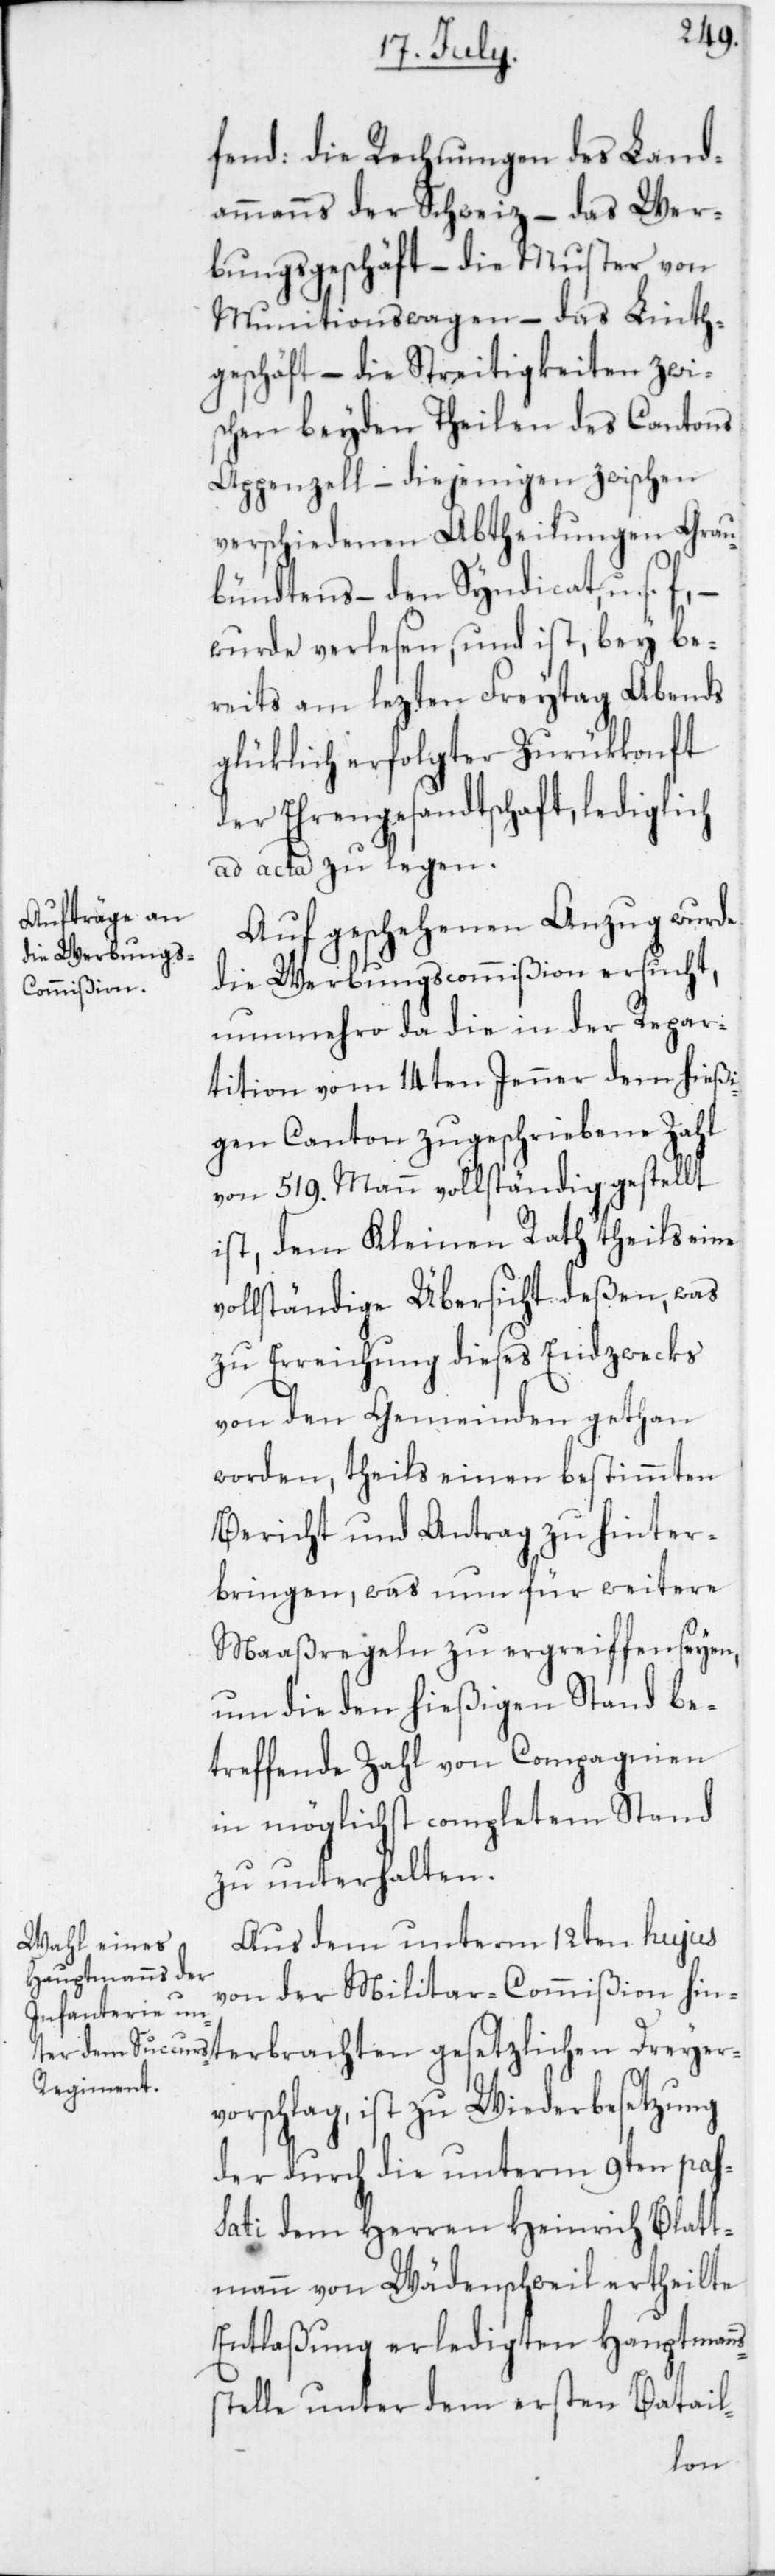
fend: die Rechnungen des Land¬
ammanns der Schweiz – das Wer¬
bungsgeschäft – Die Muster von
Munitionswagen – das Linth¬
geschäft – die Streitigkeiten zwi¬
schen beyden Theilen des Cantons
Appenzell – diejenigen zwischen
verschiedenen Abtheilungen Grau¬
bündtens – den Syndicat, u. s. f.
wurde verlesen, und ist, bey be¬
reits am lezten Freytag Abends
glüklich erfolgter Zurükkonft
der Ehrengesandtschaft, lediglich
ad acta zu legen.
Auf geschehenen Anzug wurde
die Werbungscommißion ersucht,
nunmehro da die in der Repar¬
tition vom 14ten Jenner dem hießi¬
gen Canton zugeschriebene Zahl
von 519. Mann vollständig gestellt
ist, dem Kleinen Rath theils eine
vollständige Übersicht deßen, was
zu Erreichung dieses Endzwecks
von den Gemeinden gethan
worden, theils einen bestimmten
Bericht und Antrag zu hinter¬
bringen, was nun für weitere
Maaßregeln zu ergreiffen seyen,
um die den hießigen Stand be¬
treffende Zahl von Compagnien
in möglichst complettem Stand
zu unterhalten.
Aus dem unterm 12ten hujus
von der Militar-Commißion hin¬
vorschlag, ist zu Wiederbesetzung
der durch die unterm 9ten pas¬
sati dem Herren Heinrich Blatt¬
mann von Wädenschweil ertheilte
Entlaßung erledigten Hauptmanns¬
stelle unter dem ersten Batail-
Dreyer¬